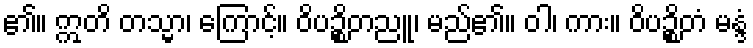
၏။ ဣတိ တသ္မာ၊ ကြောင့်။ ဝိပဉ္စိတညူ၊ မည်၏။ ဝါ၊ ကား။ ဝိပဉ္စိတံ မန္ဒံ